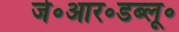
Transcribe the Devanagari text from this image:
जे॰आर॰डब्लू॰